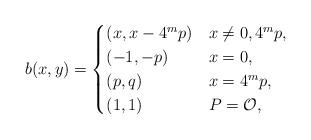
LaTeX: \begin{align*}b(x,y) = \begin{cases}(x, x - 4^{m}p) & x\neq 0,4^{m}p, \\(-1,-p) & x = 0,\\(p,q) & x =4^{m}p, \\(1,1) & P = \mathcal{O},\end{cases}\end{align*}